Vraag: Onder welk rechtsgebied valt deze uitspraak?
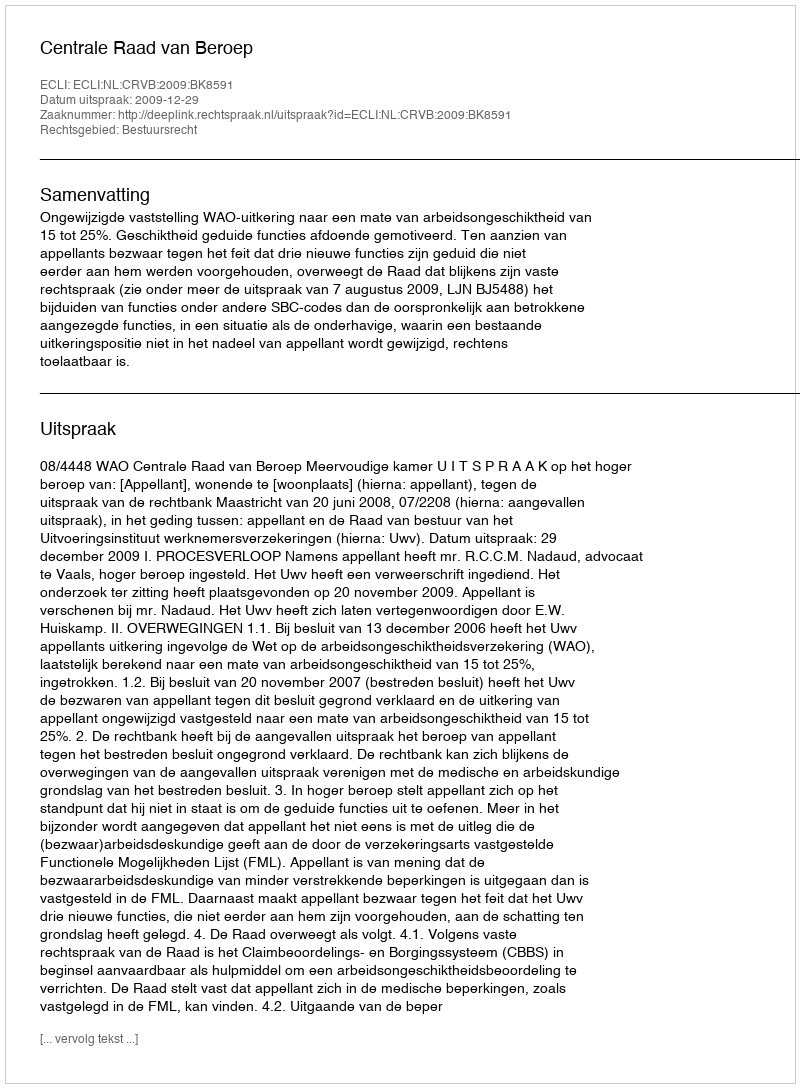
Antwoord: Bestuursrecht